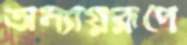
অন্যায়রূপে